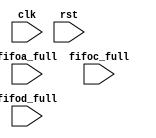
module cs(
    input clk,
    input rst,

    input fifoa_full,
    input fifoc_full,
    input fifod_full

    
);



endmodule